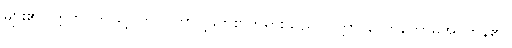
များ၏။ ဣတိ၊ ဤသို့။ ဘဂဝတာ၊ မြတ်စွာဘုရားသည်။ ဝုတ္တာ၊ ဟောတော်မူအပ်ကုန်၏။